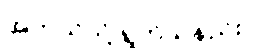
အဘယ်သို့ ရွတ်သနည်း။)